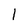
Character: 1